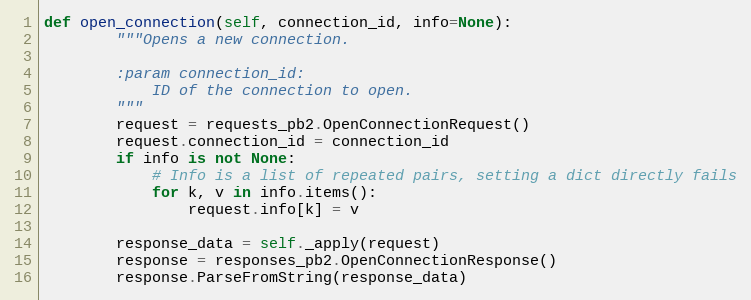
Language: Python
def open_connection(self, connection_id, info=None):
        """Opens a new connection.

        :param connection_id:
            ID of the connection to open.
        """
        request = requests_pb2.OpenConnectionRequest()
        request.connection_id = connection_id
        if info is not None:
            # Info is a list of repeated pairs, setting a dict directly fails
            for k, v in info.items():
                request.info[k] = v

        response_data = self._apply(request)
        response = responses_pb2.OpenConnectionResponse()
        response.ParseFromString(response_data)